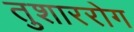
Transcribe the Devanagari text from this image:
तुशाररोग